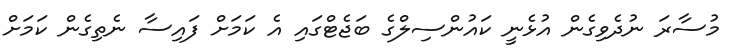
މުސާރަ ނުދެވިގެން އުޅެނީ ކައުންސިލްގެ ބަޖެޓްގައި އެ ކަމަށް ފައިސާ ނެތިގެން ކަމަށް